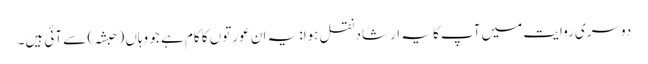
دوسری روایت میں آپ کا یہ ارشاد نقل ہوا: یہ ان عورتوں کا کام ہے جو وہاں (حبشہ) سے آئی ہیں۔